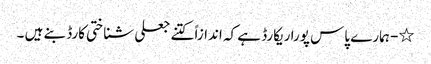
٭- ہمارے پاس پورا ریکارڈ ہے کہ اندازاً کتنے جعلی شناختی کارڈ بنے ہیں ۔